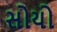
સોયો